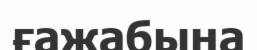
ғажабына